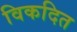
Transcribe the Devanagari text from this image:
विकदित